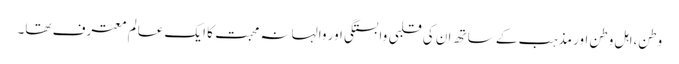
وطن،اہل وطن اور مذہب کے ساتھ ان کی قلبی وابستگی اور والہانہ محبت کا ایک عالم معترف تھا۔